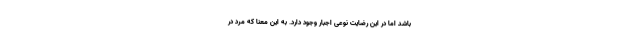
باشد اما در این رضایت نوعی اجبار وجود دارد. به این معنا که مرد در